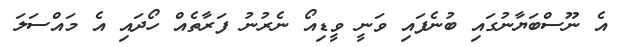
އެ ނޫސްބަޔާނުގައި ބުނެފައި ވަނީ ވީޑިއޯ ނެރުނު ފަރާތެއް ހޯދައި އެ މައްސަލަ